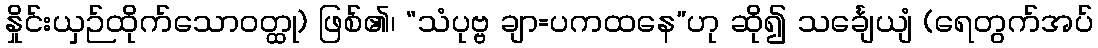
နှိုင်းယှဉ်ထိုက်သောဝတ္ထု) ဖြစ်၏၊ “သံပုဗ္ဗ ချာ=ပကထနေ”ဟု ဆို၍ သင်္ချေယျံ (ရေတွက်အပ်